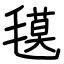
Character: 氁